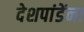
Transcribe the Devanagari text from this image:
देशपांडेंना